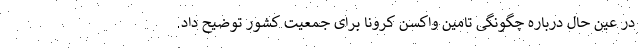
در عین حال درباره چگونگی تامین واکسن کرونا برای جمعیت کشور توضیح داد.